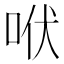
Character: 𰇛